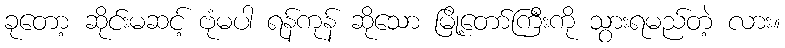
ခုတော့ ဆိုင်းမဆင့် ဗုံမပါ ရန်ကုန် ဆိုသော မြို့တော်ကြီးကို သွားရမည်တဲ့ လား။